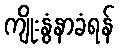
ကျိုးနွံနာခံရန်